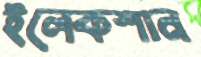
ইলেকশান